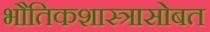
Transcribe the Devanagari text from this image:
भौतिकशास्त्रासोबत